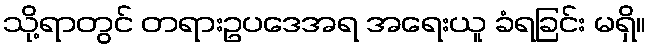
သို့ရာတွင် တရားဥပဒေအရ အရေးယူ ခံရခြင်း မရှိ။